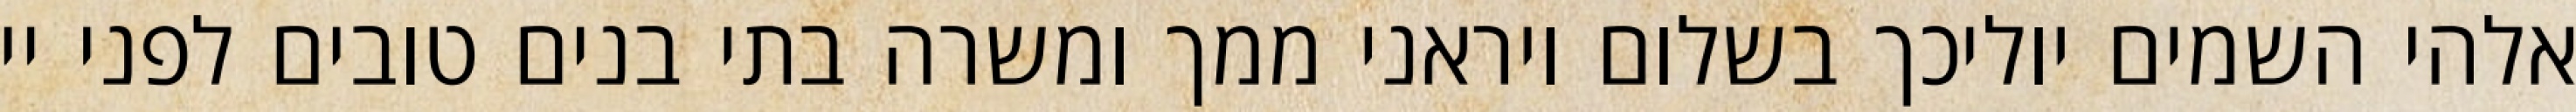
אלהי השמים יוליכך בשלום ויראני ממך ומשרה בתי בנים טובים לפני יי